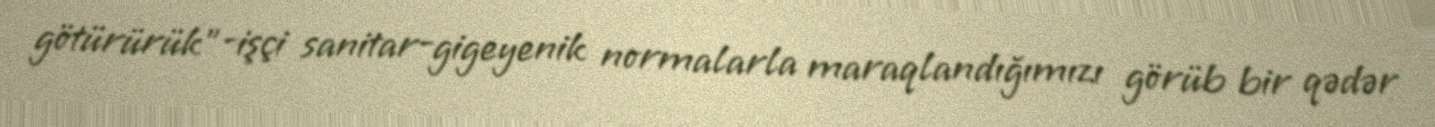
götürürük”-işçi sanitar-gigeyenik normalarla maraqlandığımızı görüb bir qədər